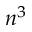
n ^ { 3 }